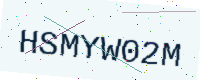
Text: HSMYW02M